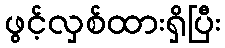
ဖွင့်လှစ်ထားရှိပြီး